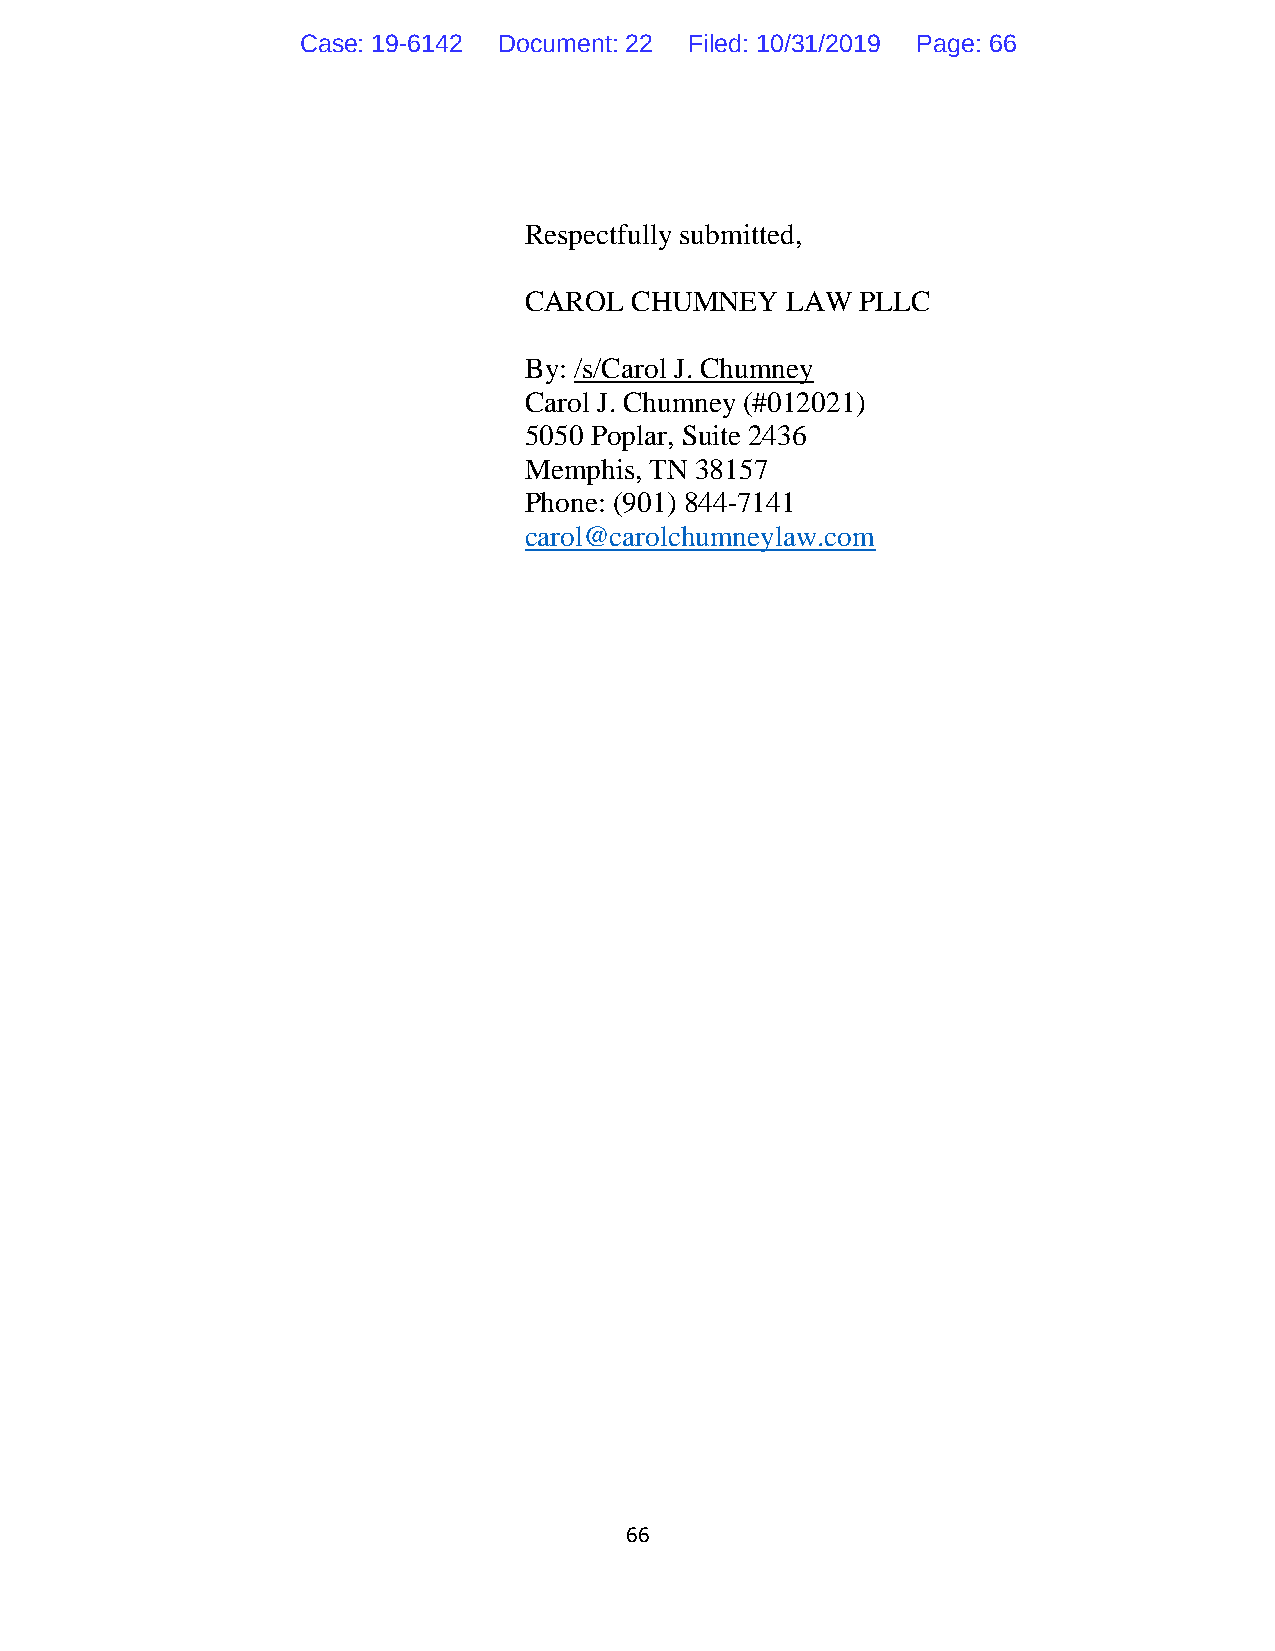
Case: 19-6142 Document: 22 Filed: 10/31/2019 Page: 66
 Respectfully submitted,
 CAROL  CHUMNEY   LAW  PLLC
 By: /s/Carol J. Chumney
 Carol J. Chumney (#012021)
 5050 Poplar, Suite 2436
 Memphis, TN 38157
 Phone: (901) 844-7141
 carol@carolchumneylaw.com
 66